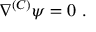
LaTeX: \nabla ^ { ( C ) } \psi = 0 ~ .